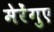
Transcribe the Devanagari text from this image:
मेरेंगुए